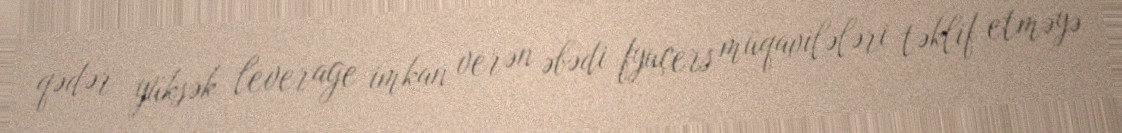
qədər yüksək leverage imkan verən əbədi fyuçers müqavilələri təklif etməyə